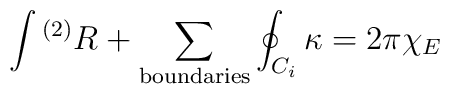
\int {}^{(2)}R + \sum_{\rm boundaries}\oint_{C_{i}}\kappa = 2\pi\chi_{E}